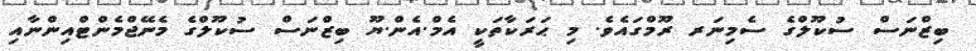
ބިޒްނަސް ސުކޫލްގެ ސެމިނަރ ރޫމްގައެވެ. މި ޙަރަކާތަކީ އެމް.އެން.ޔޫ ބިޒްނަސް ސުކޫލްގެ މެނޭޖްމެންޓްއިންނާއި